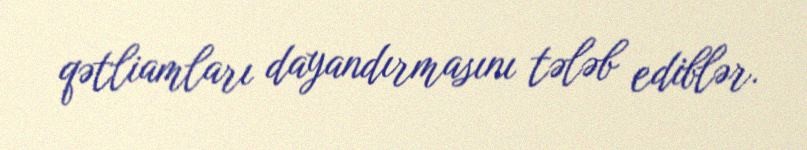
qətliamları dayandırmasını tələb ediblər.